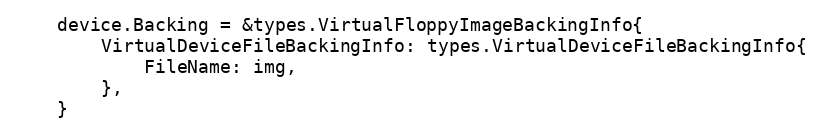
Language: Go
	device.Backing = &types.VirtualFloppyImageBackingInfo{
		VirtualDeviceFileBackingInfo: types.VirtualDeviceFileBackingInfo{
			FileName: img,
		},
	}